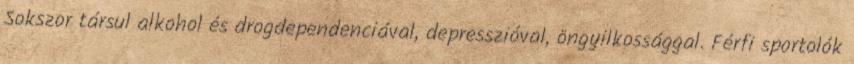
Sokszor társul alkohol és drogdependenciával, depresszióval, öngyilkossággal. Férfi sportolók